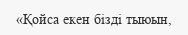
«Қойса екен бізді тыюын,